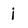
Character: i